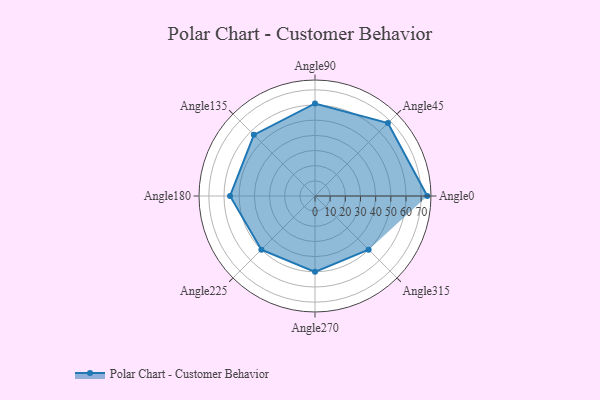
{"axis": {"x": "Angle", "y": "Radius"}, "legend": [""], "data": [{"x": "Angle0", "y": 74.0, "type": ""}, {"x": "Angle45", "y": 68.0, "type": ""}, {"x": "Angle90", "y": 61.0, "type": ""}, {"x": "Angle135", "y": 57.0, "type": ""}, {"x": "Angle180", "y": 56.0, "type": ""}, {"x": "Angle225", "y": 50.0, "type": ""}, {"x": "Angle270", "y": 50, "type": ""}, {"x": "Angle315", "y": 50, "type": ""}]}